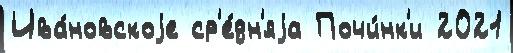
Ива́новскоjе ср'е́дн'яjа Почи́нк'и 2021